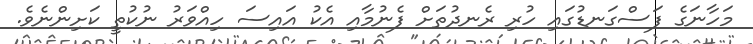
މަހާނަގެ ފަސްގަނޑުގައި ހުރި ރެނދުތަށް ފެނުމާއި އެކު އައިސަ ހިއްވަރު ނުކުތީ ކަށިންނެވެ.